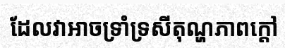
ដែលវាអាចទ្រាំទ្រសីតុណ្ហភាពក្តៅ